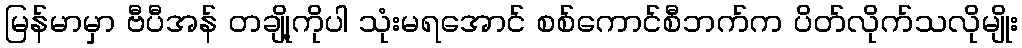
မြန်မာမှာ ဗီပီအန် တချို့ကိုပါ သုံးမရအောင် စစ်ကောင်စီဘက်က ပိတ်လိုက်သလိုမျိုး